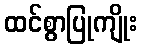
ထင်စွာပြုကျိုး